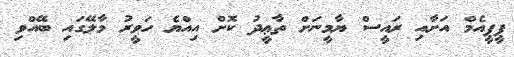
ޕީޕީއެމް އަށާއި ރައީސް ޔާމީނަށް ތާޢީދު ކޮށް އިއްޔެ ހަވީރު މާލޭގައި ބޭއްވި